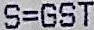
S=GST